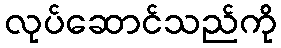
လုပ်ဆောင်သည်ကို